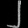
Digit: ၂